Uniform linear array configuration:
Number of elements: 4
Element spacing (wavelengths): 0.25
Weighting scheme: cosine
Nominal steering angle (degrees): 15
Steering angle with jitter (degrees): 13.517
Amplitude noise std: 0.05
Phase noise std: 0.05

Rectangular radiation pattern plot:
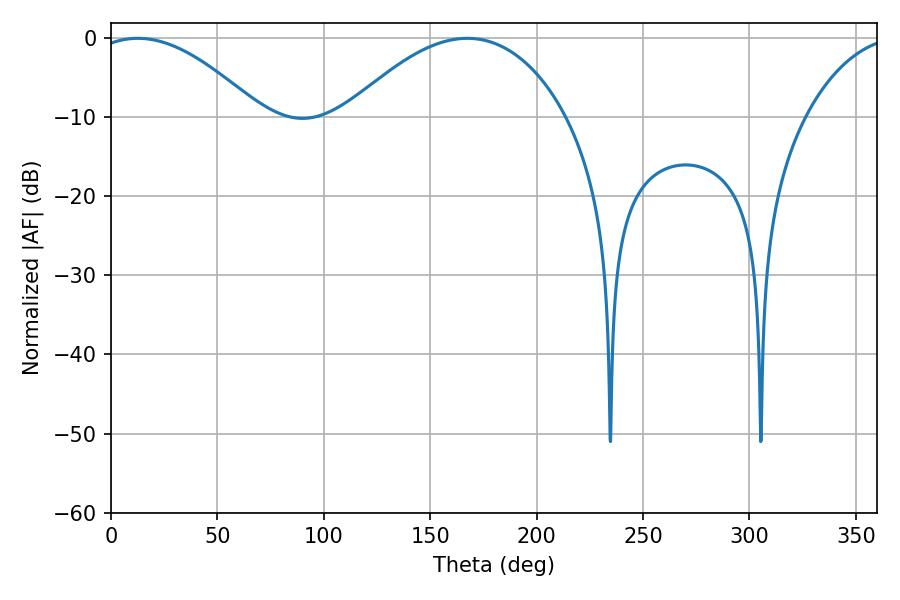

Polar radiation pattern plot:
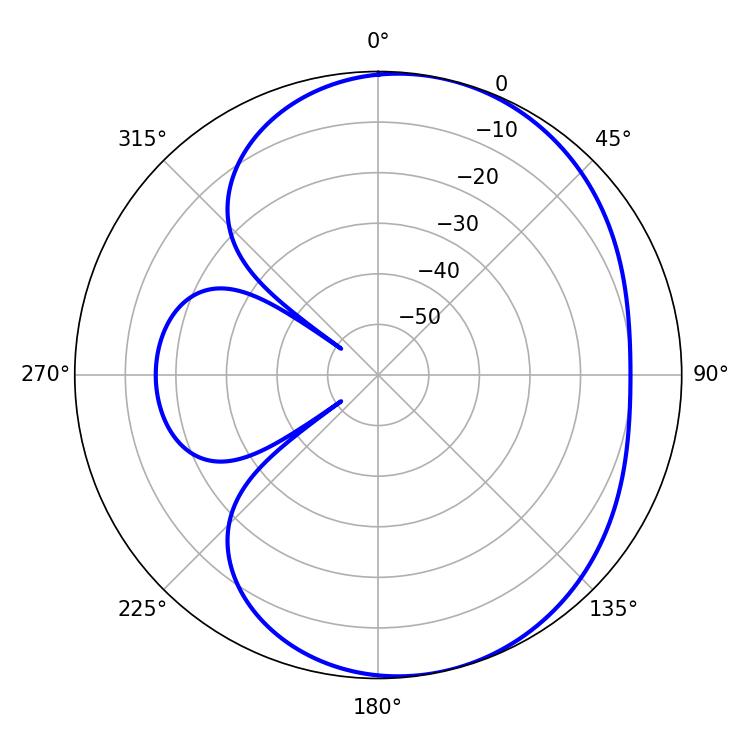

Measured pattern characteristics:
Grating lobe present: FALSE
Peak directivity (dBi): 5.354
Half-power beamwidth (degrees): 43.2
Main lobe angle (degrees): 12.6